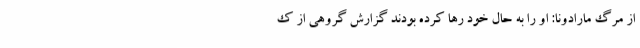
از مرگ مارادونا: او را به حال خود رها کرده بودند گزارش گروهی از ک